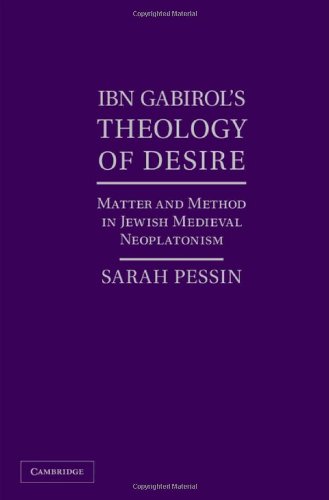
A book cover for Ibn Gabirol's Theology of Desire: Matter and Method in Jewish Medieval Neoplatonism; Sarah Pessin; Politics & Social Sciences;